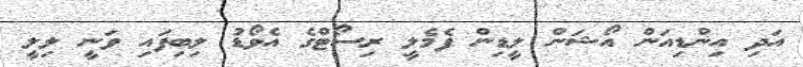
އަދި އިންޑިއަން އޯޝަން ލީޑިން ފެމެލީ ރިސޯޓްގެ އެވޯޑު ލިބިފައި ވަނީ ލިލީ